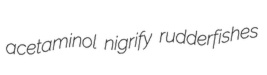
acetaminol nigrify rudderfishes